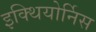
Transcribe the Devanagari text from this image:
इक्थियोर्निस